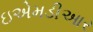
ઇએમડીઆર